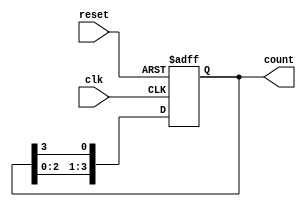
module ring_counter (
    input wire clk,           // Clock input
    input wire reset,         // Asynchronous reset input
    output reg [3:0] count    // 4-bit output representing the current state
);

// Initial state for the ring counter
initial begin
    count = 4'b1000;         // Start with '1000'
end

// Sequential logic for the ring counter
always @(posedge clk or posedge reset) begin
    if (reset) begin
        // Reset state to '1000'
        count <= 4'b1000;
    end else begin
        // Shift the bits in the ring
        count <= {count[2:0], count[3]}; // Shift left and wrap around
    end
end

endmodule